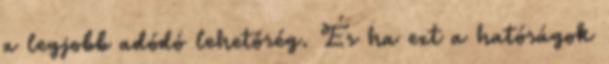
a legjobb adódó lehetőség. És ha ezt a hatóságok